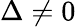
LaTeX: \Delta\ne 0